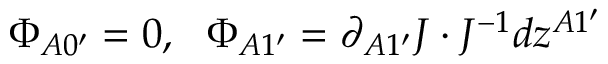
\Phi _ { A 0 ^ { \prime } } = 0 , \ \ \Phi _ { A 1 ^ { \prime } } = \partial _ { A 1 ^ { \prime } } J \cdot J ^ { - 1 } d z ^ { A 1 ^ { \prime } }